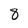
Character: 8